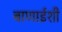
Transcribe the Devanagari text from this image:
बाणाईशी